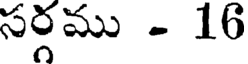
సర్గము - 16